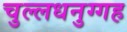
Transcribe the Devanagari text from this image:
चुल्लधनुग्गह